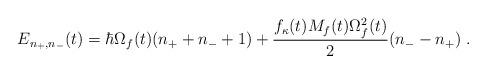
LaTeX: \begin{align*}E_{n_+,n_-}(t)=\hbar \Omega_f(t)(n_++n_-+1)+\frac{f_{\kappa}(t) M_f(t)\Omega^2_f(t)}{2}(n_--n_+)\;.\end{align*}